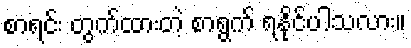
စာရင်း တွက်ထားတဲ့ စာရွက် ရနိုင်ပါသလား။